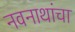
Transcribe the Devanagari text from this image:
नवनाथांचा